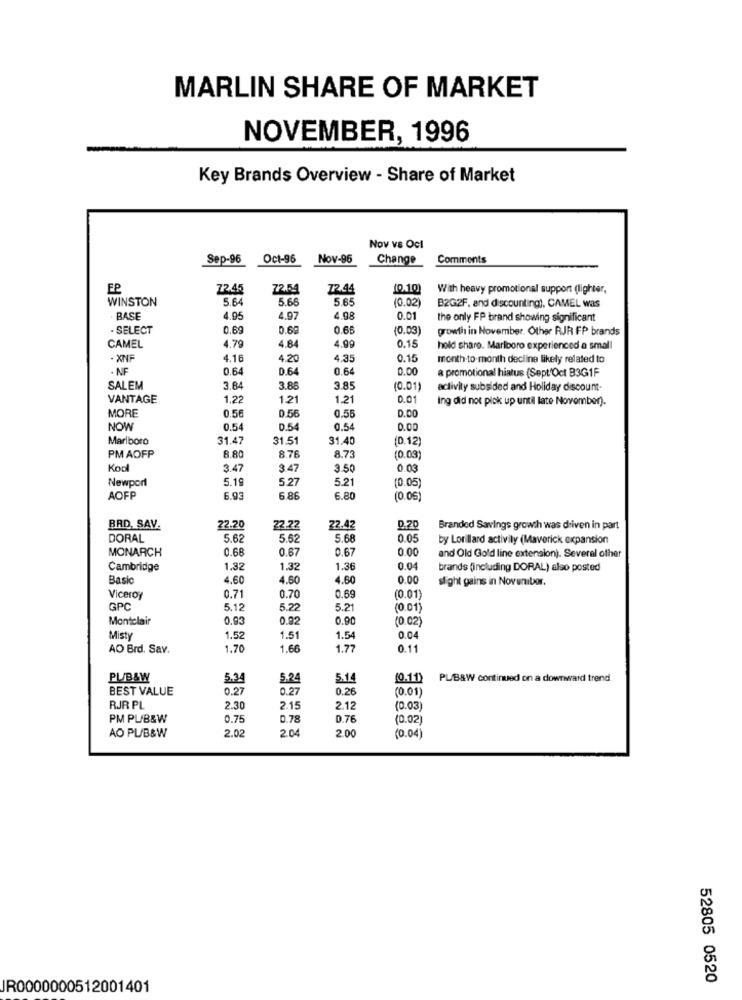
MARLIN SHARE OF MARKET
NOVEMBER, 1996
Key Brands Overview - Share of Market
Nov vs Ocl
Sep-96
Oct-96
Nov-96
Change
Comments
72.45
72.54
72.44
10.10)
With heavy promotional support (lighter,
WINSTON
5.64
5.66
5.65
(0.02)
B2G2F, and discounting), CAMEL was
BASE
4.95
4.97
4.98
0.01
the only FP brand showing significant
. SELECT
0,69
0.69
0.65
(0.03)
growth in November. Other RJR FP brands
CAMEL
4.79
4.84
4.99
0.15
hold share. Marlboro experienced a small
- XNF
4.16
4.20
4.35
0.15
month to-month decline likely related to
- NF
0.64
D.6
0.64
0.00
a promotional hiatus (Sept'Oct B3G1F
SALEM
3.84
3.86
3.85
(0.01)
activity subsided and Holiday discount-
VANTAGE
1,22
1.21
1.21
0.0
Ing did not pick up until late November).
MORE
0.56
0.56
0.55
D.DO
NOW
0.54
0.54
0.54
0.00
Marlboro
31.47
31.51
31.40
(D.12)
PM AOFP
8.80
8.76
8.73
(0.03)
Kon
3.47
3.47
3.50
0.03
Newport
5.19
5.27
5.21
(0.05)
AOFP
6.93
6.86
6.80
(0.06)
BRD, SAV.
22.20
22.72
22.42
0.20
Branded Savings growth was driven in part
DORAL
5.62
5.62
5.68
0.05
by Lorillard activity (Maverick expansion
MONARCH
0.68
0.67
0.67
0.00
and Old Gold line extension). Several other
Cambridge
1.32
1.32
1.36
0.04
brands (including DORAL) also posted
Basic
4.60
4.60
4.60
0.00
slight gains in November.
Viceroy
0.71
0.70
0.69
(0.01)
GPC
5.1:
5.22
5.21
(0.01)
Montclair
0.93
0.92
0.90
(0.02)
Misty
1.52
1.51
1.54
0.04
AO Brd. Sav.
1.70
1.66
1.77
0.11
PUB&W
5.34
5.24
5X14
(0.11)
PL/B&W continued on a downward trend.
BEST VALUE
0.27
0.27
0.26
(0.01)
RJR PL
2.30
2.15
2.12
(0.03
PM PL/B&W
0.75
0.78
0.76
(0.02)
AO PL/B&W
2.02
2.04
2.00
(0.04)
52805 0520
IR0000000512001401